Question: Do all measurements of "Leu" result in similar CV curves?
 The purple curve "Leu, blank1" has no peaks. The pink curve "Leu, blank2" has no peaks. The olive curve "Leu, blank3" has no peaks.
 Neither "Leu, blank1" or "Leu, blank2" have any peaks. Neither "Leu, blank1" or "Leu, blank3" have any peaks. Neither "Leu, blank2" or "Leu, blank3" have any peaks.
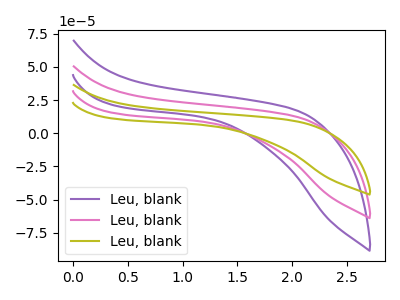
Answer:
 <answer>All the CV's of "Leu" have similar shape.</answer>
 <eval>follow_rule</eval>